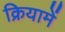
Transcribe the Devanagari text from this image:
क्रियामें